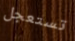
تستعجل